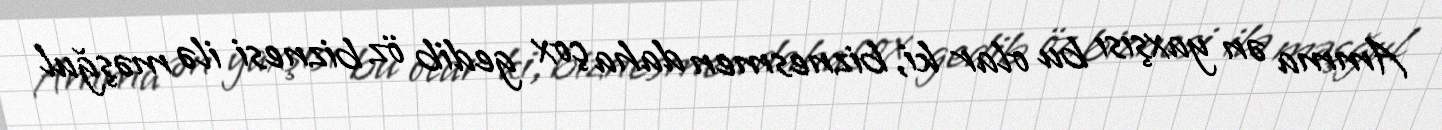
Amma ən yaxşısı bu olar ki, biznesmen daha çox gedib öz biznesi ilə məşğul